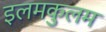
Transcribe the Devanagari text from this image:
इलमकुलम